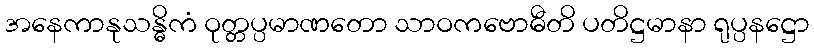
အနေကာနုသန္ဓိကံ ဝုတ္တပ္ပမာဏတော သာဝကဗောဓီတိ ပတိဋ္ဌမာနာ ရုပ္ပနဋ္ဌော